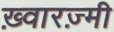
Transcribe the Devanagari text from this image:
ख़्वारज़्मी